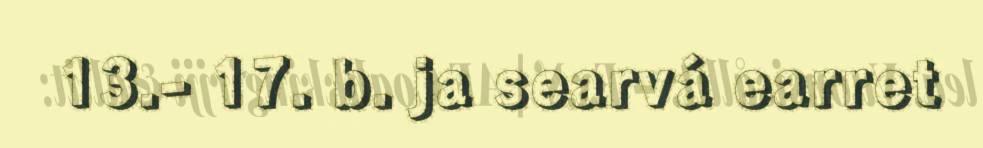
13.- 17. b. ja searvá earret